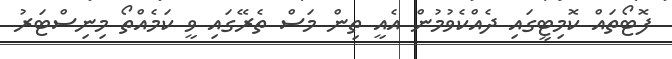
ފޮޓޯތައް ކޮމިޓީގައި ދެއްކެވުމުން އެއީ ތިން މަސް ތެރޭގައި ވީ ކަމެއްތޯ މިނިސްޓަރު